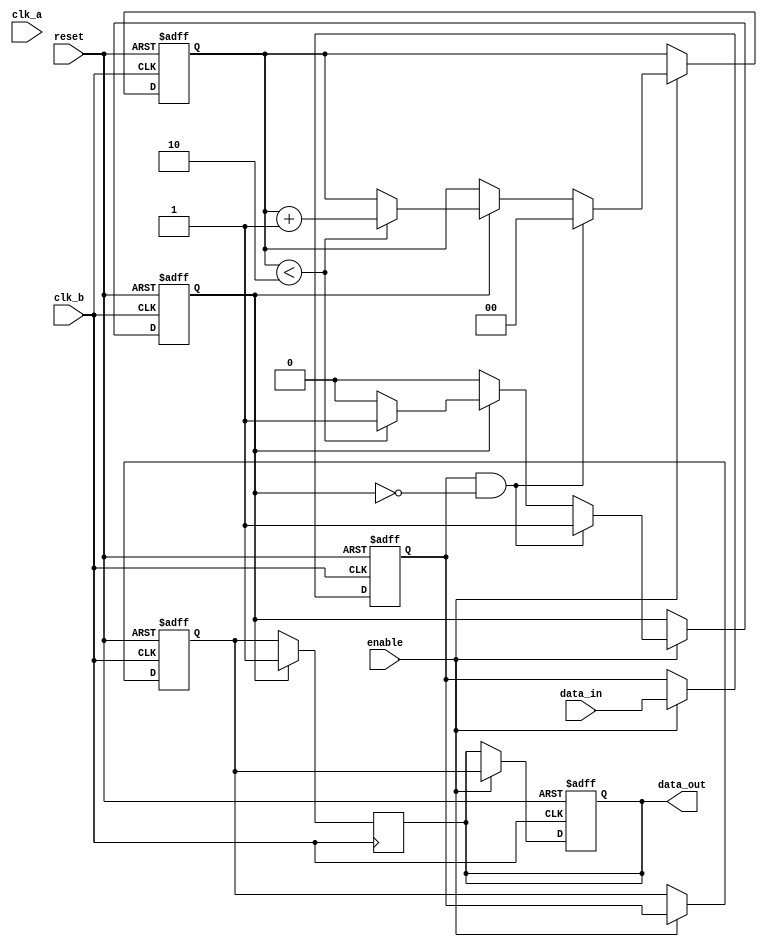
module pulsed_synchronizer #(
    parameter PULSE_WIDTH = 2 // Number of clk_b cycles for pulse width
)(
    input wire clk_a,          // Clock for the source domain
    input wire clk_b,          // Clock for the destination domain
    input wire data_in,        // Input data from clk_a domain
    input wire reset,          // Asynchronous reset
    input wire enable,         // Enable signal for synchronization
    output reg data_out        // Synchronized output in clk_b domain
);

    reg sync_ff1;              // First stage flip-flop
    reg sync_ff2;              // Second stage flip-flop
    reg pulse;                 // Pulse signal in clk_b domain
    reg [1:0] pulse_counter;    // Counter to control pulse width

    // Asynchronous reset and synchronization logic in clk_b domain
    always @(posedge clk_b or posedge reset) begin
        if (reset) begin
            sync_ff1 <= 1'b0;
            sync_ff2 <= 1'b0;
            pulse <= 1'b0;
            pulse_counter <= 2'b0;
            data_out <= 1'b0;
        end else if (enable) begin
            // Capture the data from clk_a domain
            sync_ff1 <= data_in; // This should be clocked by clk_b
            sync_ff2 <= sync_ff1; // Second stage for metastability mitigation
            
            // Generate pulse based on sync_ff1
            if (sync_ff1 && !pulse) begin
                pulse <= 1'b1; // Start pulse
                pulse_counter <= 2'b00; // Reset pulse counter
            end else if (pulse) begin
                if (pulse_counter < PULSE_WIDTH) begin
                    pulse_counter <= pulse_counter + 1;
                end else begin
                    pulse <= 1'b0; // End pulse after defined width
                end
            end
            
            // Assign output
            data_out <= sync_ff2;
        end
    end

    // Assign pulse to data_out when pulse is active
    always @(posedge clk_b) begin
        if (pulse) begin
            data_out <= 1'b1; // Set data_out high during pulse
        end else begin
            data_out <= sync_ff2; // Otherwise, follow the synchronized data
        end
    end

endmodule